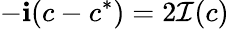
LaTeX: -\mathbf{i}(c-c^{*})=2\mathcal{{I}}(c)